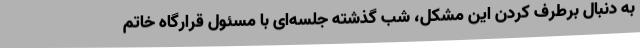
به دنبال برطرف کردن این مشکل، شب گذشته جلسه‌ای با مسئول قرارگاه خاتم